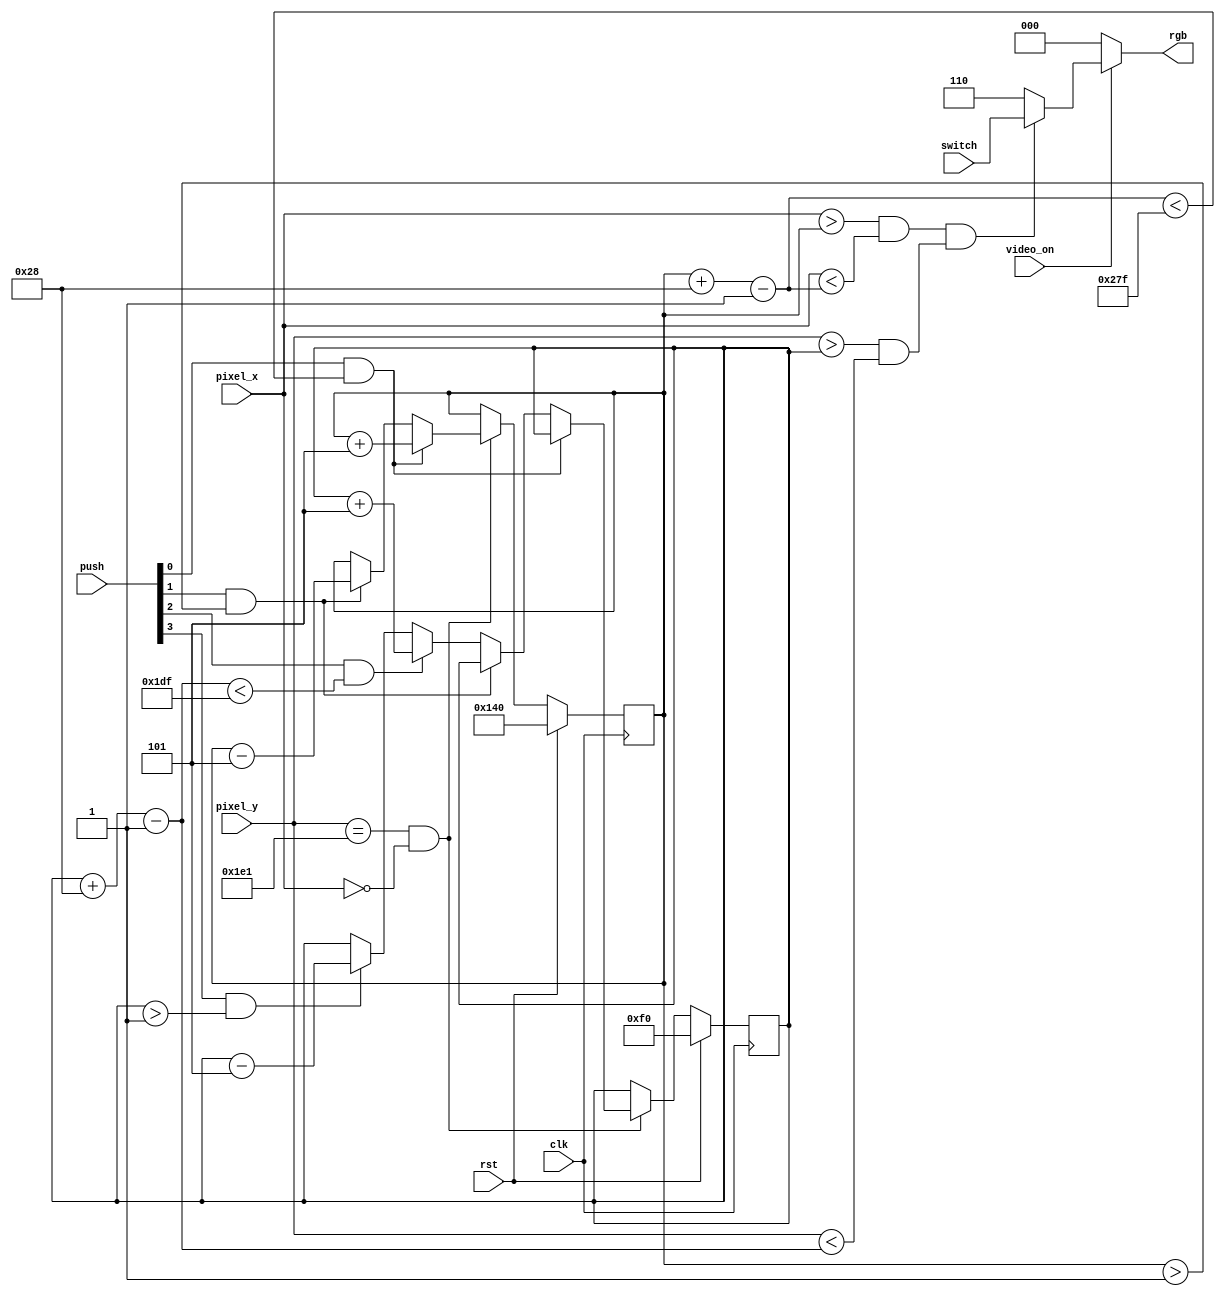
module pixelGeneration(clk, rst, push, switch, pixel_x, pixel_y, video_on, rgb);

input clk, rst;
input [3:0] push;
input [2:0] switch;
input [9:0] pixel_x, pixel_y;
input video_on;
output reg [2:0] rgb;

wire square_on, refr_tick;

//define screen size max values.
localparam MAX_X = 640;
localparam MAX_Y = 480;
//define square size and square velocity
localparam SQUARE_SIZE = 40;
localparam SQUARE_VEL = 5;

//boundaries of the square
wire [9:0] square_x_left, square_x_right, square_y_top, square_y_bottom;
reg [9:0] square_y_reg, square_y_next;
reg [9:0] square_x_reg, square_x_next;

//registers
always @(posedge clk) begin
	if(rst) begin
		square_y_reg <= 240;
		square_x_reg <= 320;
	end
	else begin
		square_y_reg <= square_y_next;
		square_x_reg <= square_x_next;
	end
end
//check screen refresh
assign refr_tick = (pixel_y ==481) && (pixel_x ==0);

//boundary circuit: assign stored values of y_top and x_left and calculate the y_bottom and x_right values by adding square size.
assign square_y_top = square_y_reg;
assign square_x_left = square_x_reg;
assign square_y_bottom = square_y_top + SQUARE_SIZE - 1;
assign square_x_right = square_x_left + SQUARE_SIZE - 1;

//rgb circuit
always @(*) begin
	rgb = 3'b000;
	if(video_on) begin
		if(square_on)
			rgb = switch;
		else
			rgb = 3'b110;
	end
end

assign square_on = ((pixel_x > square_x_left) && (pixel_x < square_x_right)) && ((pixel_y > square_y_top) && (pixel_y < square_y_bottom));

//object animation circuit
always @(*) begin
	square_y_next = square_y_reg;
	square_x_next = square_x_reg;
	if(refr_tick) begin
		if (push[0] && (square_x_right < MAX_X - 1)) begin // make sure that it stays on the screen
			square_x_next = square_x_reg + SQUARE_VEL; // right
		end 
		else if (push[1] && (square_x_left > 1 )) begin
			square_x_next = square_x_reg - SQUARE_VEL; // left
		end
		else if (push[2] && (square_y_bottom < MAX_Y - 1 )) begin
			square_y_next = square_y_reg + SQUARE_VEL; // down
		end
		else if (push[3] && (square_y_top > 1)) begin
			square_y_next = square_y_reg - SQUARE_VEL; // up
		end
	end
end

endmodule